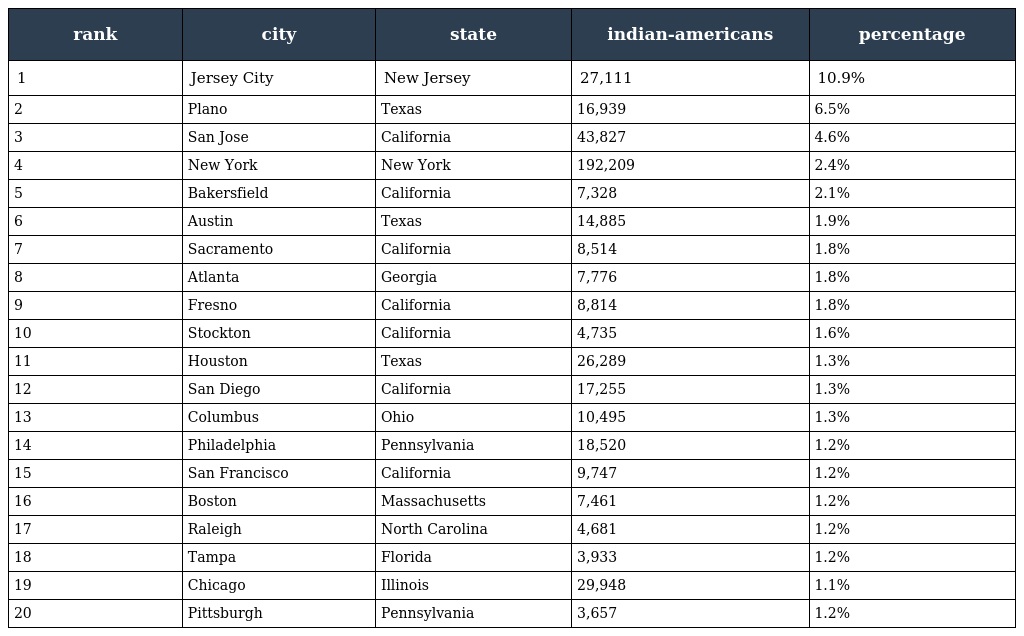
| rank | city | state | indian-americans | percentage |
 | --- | --- | --- | --- | --- |
 | 1 | Jersey City | New Jersey | 27,111 | 10.9% |
 | 2 | Plano | Texas | 16,939 | 6.5% |
 | 3 | San Jose | California | 43,827 | 4.6% |
 | 4 | New York | New York | 192,209 | 2.4% |
 | 5 | Bakersfield | California | 7,328 | 2.1% |
 | 6 | Austin | Texas | 14,885 | 1.9% |
 | 7 | Sacramento | California | 8,514 | 1.8% |
 | 8 | Atlanta | Georgia | 7,776 | 1.8% |
 | 9 | Fresno | California | 8,814 | 1.8% |
 | 10 | Stockton | California | 4,735 | 1.6% |
 | 11 | Houston | Texas | 26,289 | 1.3% |
 | 12 | San Diego | California | 17,255 | 1.3% |
 | 13 | Columbus | Ohio | 10,495 | 1.3% |
 | 14 | Philadelphia | Pennsylvania | 18,520 | 1.2% |
 | 15 | San Francisco | California | 9,747 | 1.2% |
 | 16 | Boston | Massachusetts | 7,461 | 1.2% |
 | 17 | Raleigh | North Carolina | 4,681 | 1.2% |
 | 18 | Tampa | Florida | 3,933 | 1.2% |
 | 19 | Chicago | Illinois | 29,948 | 1.1% |
 | 20 | Pittsburgh | Pennsylvania | 3,657 | 1.2% |